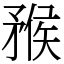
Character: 䂉